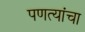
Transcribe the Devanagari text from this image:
पणत्यांचा